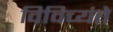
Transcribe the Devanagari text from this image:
विविच्यंते